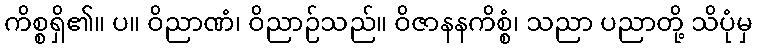
ကိစ္စရှိ၏။ ပ။ ဝိညာဏံ၊ ဝိညာဉ်သည်။ ဝိဇာနနကိစ္စံ၊ သညာ ပညာတို့ သိပုံမှ